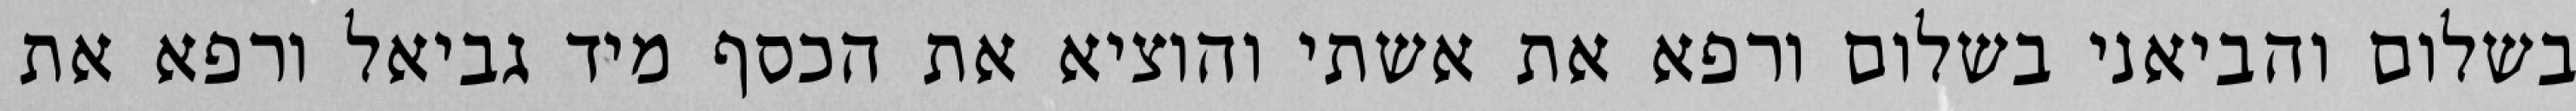
בשלום והביאני בשלום ורפא את אשתי והוציא את הכסף מיד גביאל ורפא את